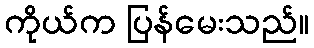
ကိုယ်က ပြန်မေးသည်။